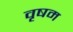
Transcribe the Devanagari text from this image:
वृषम